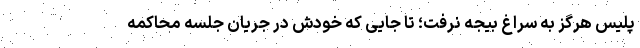
پلیس هرگز به سراغ بیجه نرفت؛ تا جایی که خودش در جریان جلسه محاکمه